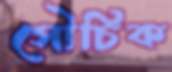
সৌচিক